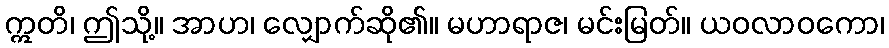
ဣတိ၊ ဤသို့။ အာဟ၊ လျှောက်ဆို၏။ မဟာရာဇ၊ မင်းမြတ်။ ယဝလာဝကော၊